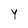
Character: Y